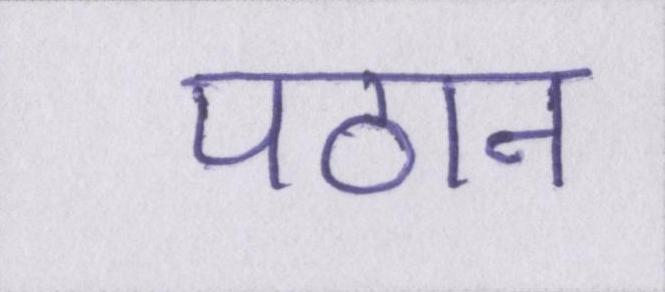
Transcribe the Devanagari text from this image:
पठान